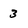
Character: 3